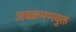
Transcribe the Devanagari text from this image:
अवक्रमणयुक्त